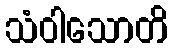
သံဝါသောတိ